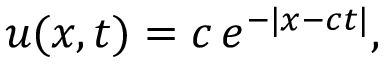
u ( x , t ) = c \, e ^ { - \lvert x - c t \rvert } ,